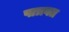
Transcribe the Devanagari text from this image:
पात्रवत